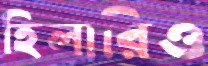
হিলারিও